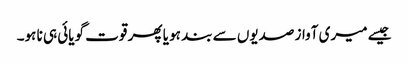
جیسے میری آواز صدیوں سے بند ہو یا پھر قوت گویائی ہی نا ہو۔